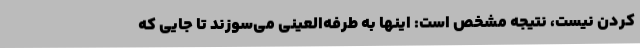
کردن نیست، نتیجه مشخص است: اینها به طرفه‌العینی می‌سوزند تا جایی که